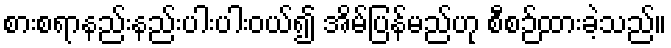
စားစရာနည်းနည်းပါးပါးဝယ်၍ အိမ်ပြန်မည်ဟု စီစဉ်ထားခဲ့သည်။